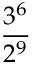
\frac { 3 ^ { 6 } } { 2 ^ { 9 } }